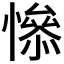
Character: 𢡖